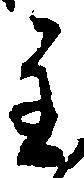
主